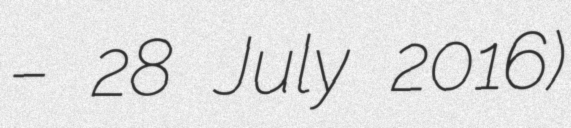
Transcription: – 28 July 2016)